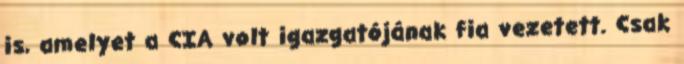
is, amelyet a CIA volt igazgatójának fia vezetett. Csak